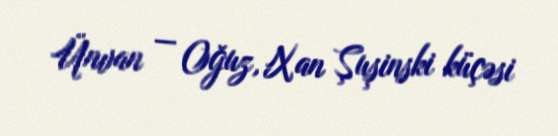
Ünvan — Oğuz, Xan Şuşinski küçəsi